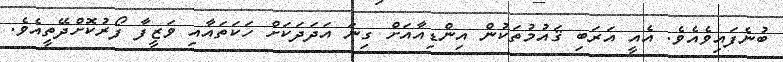
ބުނެފައިވެއެވެ. އެއީ އަރަބި ޤައުމުތަކުން އިންޑިއާއަށް ގިނަ އަދަދަކަށް ހަކަތައާއި ވަޒީފާ ފޯރުކޮށްދޭތީއެވެ.